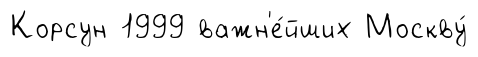
Корсун 1999 важн'е́йших Москву́